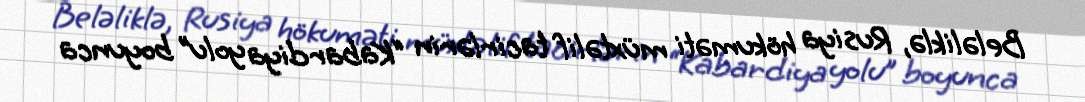
Beləliklə, Rusiya hökuməti müxtəlif tacirlərin “Kabardiya yolu” boyunca